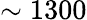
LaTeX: \sim 1300